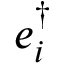
e _ { i } ^ { \dagger }